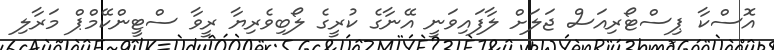
އޮސްކާ ޕިސްޓޯރިއަސް ޖަލަށް ލާފައިވަނީ އޭނާގެ ކުރީގެ ލޯބިވެރިޔާ ރީވާ ސްޓީންކޭމްޕް މަރާލި